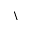
{ \backslash }